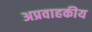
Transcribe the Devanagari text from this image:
अप्रवाहकीय